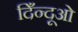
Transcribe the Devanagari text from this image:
दिँन्दूओ